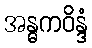
အန္ဓကဝိန္ဒံ